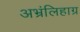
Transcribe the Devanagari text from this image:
अभ्रंलिहाग्र